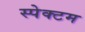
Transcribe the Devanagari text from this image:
स्पेक्टम